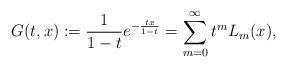
LaTeX: \begin{align*}G(t, x) : = \frac{1}{1-t} e^{- \frac{tx}{1-t}} = \sum_{m = 0}^\infty t^mL_m(x), \end{align*}